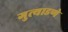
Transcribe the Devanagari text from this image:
गुत्याडणे